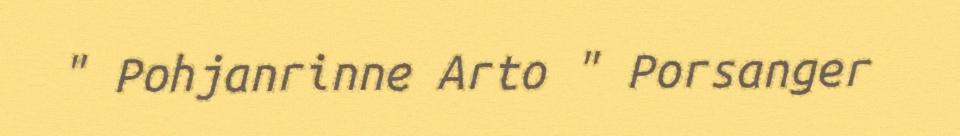
" Pohjanrinne Arto " Porsanger